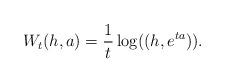
LaTeX: \begin{align*}W_t(h,a)=\frac{1}{t}\log((h,e^{ta})).\end{align*}